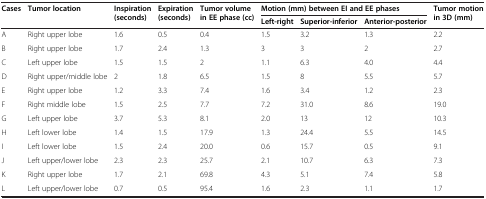
<table><thead><tr><td><b>Cases</b></td><td><b>Tumor location</b></td><td><b>Inspiration (seconds)</b></td><td><b>Expiration (seconds)</b></td><td><b>Tumor volume in EE phase (cc)</b></td><td colspan="3"><b>Motion (mm) between EI and EE phases</b></td><td><b>Tumor motion in 3D (mm)</b></td></tr><tr><td><b> </b></td><td><b> </b></td><td><b> </b></td><td><b> </b></td><td><b> </b></td><td><b>Left-right</b></td><td><b>Superior-inferior</b></td><td><b>Anterior-posterior</b></td><td><b> </b></td></tr></thead><tbody><tr><td>A</td><td>Right upper lobe</td><td>1.6</td><td>0.5</td><td>0.4</td><td>1.5</td><td>3.2</td><td>1.3</td><td>2.2</td></tr><tr><td>B</td><td>Right upper lobe</td><td>1.7</td><td>2.4</td><td>1.3</td><td>3</td><td>3</td><td>2</td><td>2.7</td></tr><tr><td>C</td><td>Left upper lobe</td><td>1.5</td><td>1.5</td><td>2</td><td>1.1</td><td>6.3</td><td>4.0</td><td>4.4</td></tr><tr><td>D</td><td>Right upper/middle lobe</td><td>2</td><td>1.8</td><td>6.5</td><td>1.5</td><td>8</td><td>5.5</td><td>5.7</td></tr><tr><td>E</td><td>Right upper lobe</td><td>1.2</td><td>3.3</td><td>7.4</td><td>1.6</td><td>3.4</td><td>1.2</td><td>2.3</td></tr><tr><td>F</td><td>Right middle lobe</td><td>1.5</td><td>2.5</td><td>7.7</td><td>7.2</td><td>31.0</td><td>8.6</td><td>19.0</td></tr><tr><td>G</td><td>Left upper lobe</td><td>3.7</td><td>5.3</td><td>8.1</td><td>2.0</td><td>13</td><td>12</td><td>10.3</td></tr><tr><td>H</td><td>Left lower lobe</td><td>1.4</td><td>1.5</td><td>17.9</td><td>1.3</td><td>24.4</td><td>5.5</td><td>14.5</td></tr><tr><td>I</td><td>Left lower lobe</td><td>1.5</td><td>2.4</td><td>20.0</td><td>0.6</td><td>15.7</td><td>0.5</td><td>9.1</td></tr><tr><td>J</td><td>Left upper/lower lobe</td><td>2.3</td><td>2.3</td><td>25.7</td><td>2.1</td><td>10.7</td><td>6.3</td><td>7.3</td></tr><tr><td>K</td><td>Right upper lobe</td><td>1.7</td><td>2.1</td><td>69.8</td><td>4.3</td><td>5.1</td><td>7.4</td><td>5.8</td></tr><tr><td>L</td><td>Left upper/lower lobe</td><td>0.7</td><td>0.5</td><td>95.4</td><td>1.6</td><td>2.3</td><td>1.1</td><td>1.7</td></tr></tbody></table>